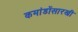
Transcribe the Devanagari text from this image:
कमांडोंसारखी